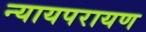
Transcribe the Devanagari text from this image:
न्यायपरायण